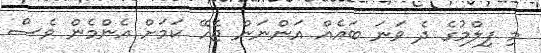
މި ފިލްމުގެ ދެ ވަނަ ބައެއް އަންނަން ޖެހޭ ކަމަށް އެންމެން ވެސް